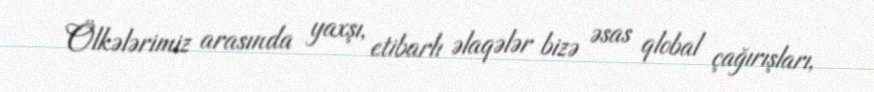
Ölkələrimiz arasında yaxşı, etibarlı əlaqələr bizə əsas qlobal çağırışları,